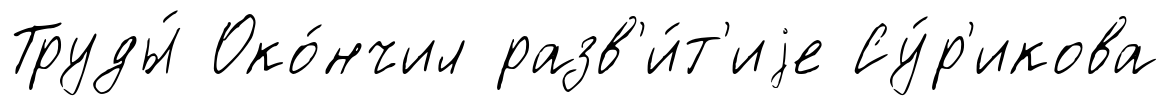
Труды́ Око́нчил разв'и́т'иjе Су́р'икова